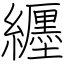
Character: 纒